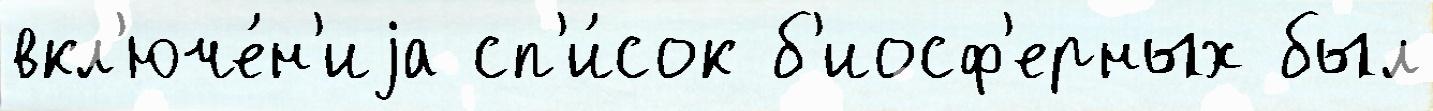
вкл'юче́н'иjа сп'и́сок б'иосф'ерных был